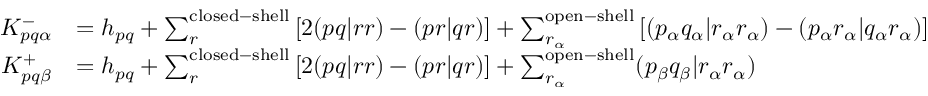
\begin{array} { r l } { K _ { p q \alpha } ^ { - } } & { = h _ { p q } + \sum _ { r } ^ { \mathrm { c l o s e d - s h e l l } } \left[ 2 ( p q | r r ) - ( p r | q r ) \right] + \sum _ { r _ { \alpha } } ^ { \mathrm { o p e n - s h e l l } } \left[ ( p _ { \alpha } q _ { \alpha } | r _ { \alpha } r _ { \alpha } ) - ( p _ { \alpha } r _ { \alpha } | q _ { \alpha } r _ { \alpha } ) \right] } \\ { K _ { p q \beta } ^ { + } } & { = h _ { p q } + \sum _ { r } ^ { \mathrm { c l o s e d - s h e l l } } \left[ 2 ( p q | r r ) - ( p r | q r ) \right] + \sum _ { r _ { \alpha } } ^ { \mathrm { o p e n - s h e l l } } ( p _ { \beta } q _ { \beta } | r _ { \alpha } r _ { \alpha } ) } \end{array}